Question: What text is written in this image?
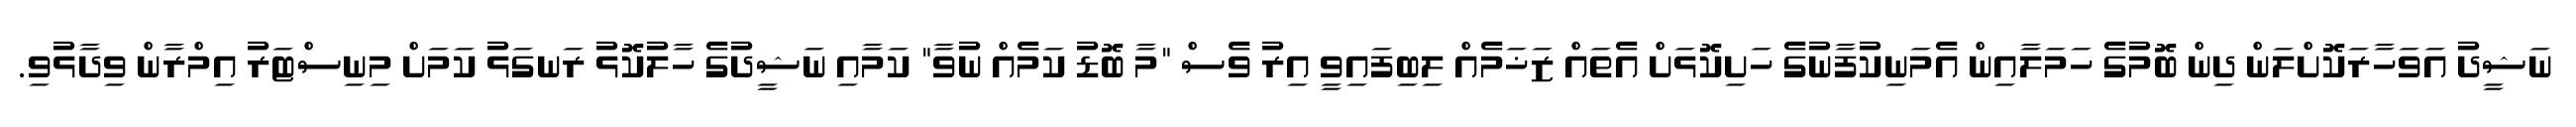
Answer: ނަޝީދު އަވަހާރަކޮށްލަން ދިން ބޮމުގެ ހަމަލާއިން އެމަނިކުފާނުގެ ހަށިކޮޅަށް އެތައް ޒަޚަމެއް ލިބިފައިވީ އިރު ވެސް "މާ ބޮޑު ކަމެއް ނުވާ" ކަމާއި ނަޝީދުގެ ހާލުކޮޅު ރަނގަޅު ކަމަށް މިނިސްޓަރު އިމްރާން ވިދާޅުވި.